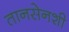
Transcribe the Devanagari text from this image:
तानसेनशी